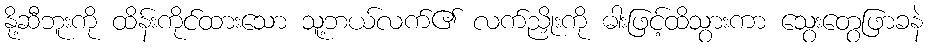
နို့ဆီဘူးကို ထိန်းကိုင်ထားသော သူ့ဘယ်လက်၏ လက်ညှိုးကို ဓါးဖြင့်ထိသွားကာ သွေးတွေဖြာခနဲ